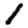
Digit: 1